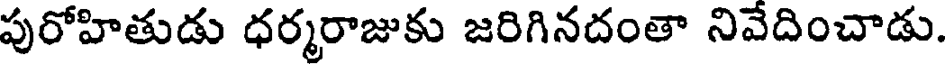
పురోహితుడు ధర్మరాజుకు జరిగినదంతా నివేదించాడు.